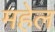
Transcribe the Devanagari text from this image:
महेल